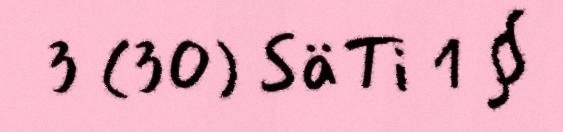
3 (30) SäTi 1 §